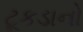
ટૂકડાનો